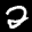
Label: 2